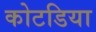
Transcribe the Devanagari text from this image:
कोटडिया